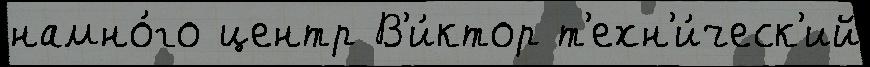
намно́го центр В'и́ктор т'ехн'и́ческ'ий